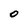
Character: 0